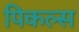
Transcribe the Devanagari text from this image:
पिकल्स